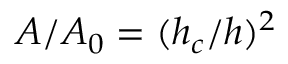
A / A _ { 0 } = ( h _ { c } / h ) ^ { 2 }